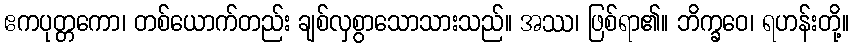
ဧကပုတ္တကော၊ တစ်ယောက်တည်း ချစ်လှစွာသောသားသည်။ အဿ၊ ဖြစ်ရာ၏။ ဘိက္ခဝေ၊ ရဟန်းတို့။